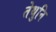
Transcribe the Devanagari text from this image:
तेथुनि